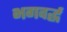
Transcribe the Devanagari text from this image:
भगवर्द्ध